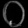
Digit: ၀